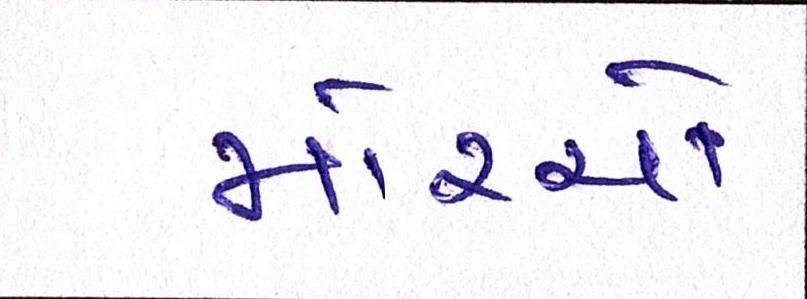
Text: મોરચો